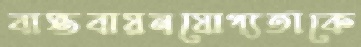
বাস্তবায়নযোগ্যতাকে